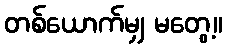
တစ်ယောက်မျှ မတွေ့။